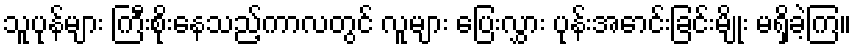
သူပုန်များ ကြီးစိုးနေသည့်ကာလတွင် လူများ ပြေးလွှား ပုန်းအောင်းခြင်းမျိုး မရှိခဲ့ကြ။